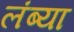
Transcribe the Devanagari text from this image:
लंब्या